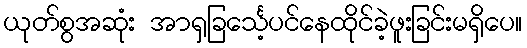
ယုတ်စွအဆုံး အာရှခြင်္သေ့ပင်နေထိုင်ခဲ့ဖူးခြင်းမရှိပေ။